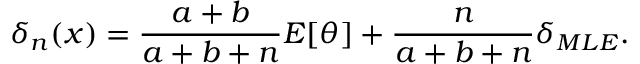
\delta _ { n } ( x ) = { \frac { a + b } { a + b + n } } E [ \theta ] + { \frac { n } { a + b + n } } \delta _ { M L E } .